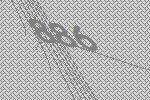
886